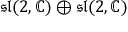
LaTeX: { \mathfrak { s l } } ( 2 , \mathbb { C } ) \oplus { \mathfrak { s l } } ( 2 , \mathbb { C } )